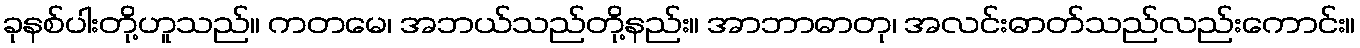
ခုနစ်ပါးတို့ဟူသည်။ ကတမေ၊ အဘယ်သည်တို့နည်း။ အာဘာဓာတု၊ အလင်းဓာတ်သည်လည်းကောင်း။